Triennial report on the lunatic asylums in the province of Eastern Bengal and Assam - 1903-1911
Year: 1903
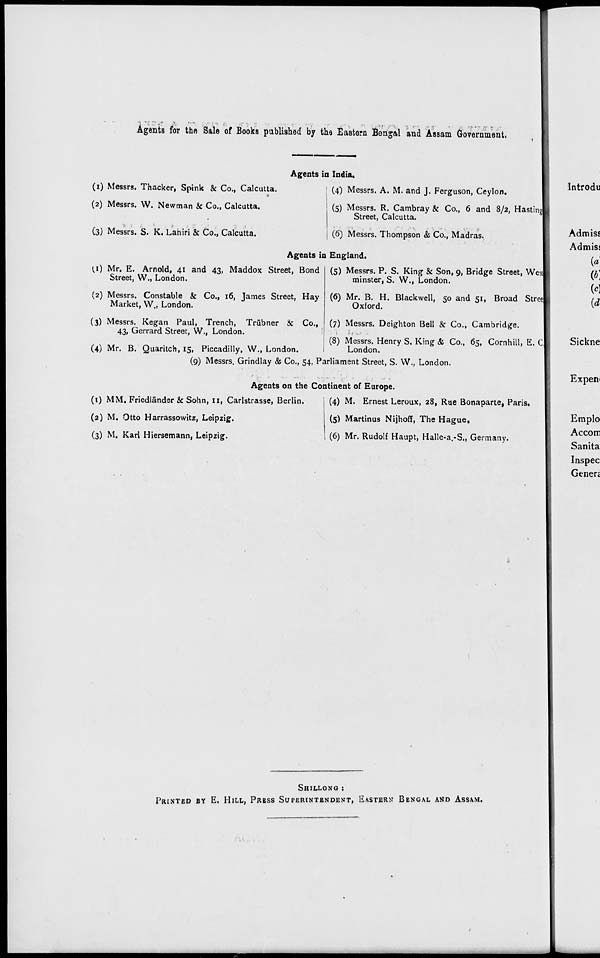
Agents for the Sale of Books published by the Eastern Bengal and Assam Government.
Agents in India.
(1) Messrs. Thacker, Spink & Co., Calcutta.
(2) Messrs. W. Newman & Co., Calcutta.
(3) Messrs. S. K. Lahiri & Co., Calcutta.
(4) Messrs. A. M. and J. Ferguson, Ceylon.
(5) Messrs. R. Cambray & Co., 6 and 8/2, Hasting
Street, Calcutta.
(6) Messrs. Thompson & Co., Madras.
Agents in England.
(1) Mr. E. Arnold, 41 and 43, Maddox Street, Bond
Street, W., London.
(2) Messrs. Constable & Co., 16, James Street, Hay
Market, W., London.
(3) Messrs. Kegan Paul, Trench, Trübner & Co.,
43, Gerrard Street, W., London.
(4) Mr. B. Quaritch, 15, Piccadilly, W., London.
(5) Messrs. P. S. King & Son, 9, Bridge Street, West
minster, S. W., London.
(6) Mr. B. H. Blackwell, 50 and 51, Broad Street
Oxford.
(7) Messrs. Deighton Bell & Co., Cambridge.
(8) Messrs. Henry S. King & Co., 65, Cornhill, E. C
London.
(9) Messrs. Grindlay & Co., 54, Parliament Street, S. W., London.
Agents on the Continent of Europe.
(1) MM. Friedländer & Sohn, 11, Carlstrasse, Berlin.
(2) M. Otto Harrassowitz, Leipzig.
(3) M. Karl Hiersemann, Leipzig.
(4) M. Ernest Leroux, 28, Rue Bonaparte, Paris.
(5) Martinus Nijhoff, The Hague.
(6) Mr. Rudolf Haupt, Halle-a.-S., Germany.
SHILLONG :
PRINTED BY E. HILL, PRESS SUPERINTENDENT, EASTERN BENGAL AND ASSAM.